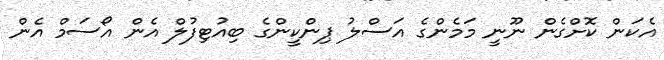
އެކަން ކޮށްގެން ނޫނީ މަމެންގެ އަސްލު ޕިންކީންގެ ބިއުޓިފުލް އެން އޯސަމް އެން